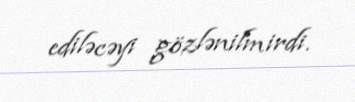
ediləcəyi gözlənilmirdi.